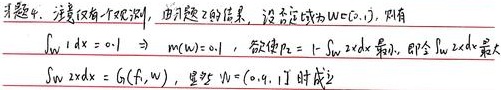
习题4. 注意仅有一个观测，由习题2的结果，设否定域为\(W=(c,1)\)，则有
\(\int_{W}1dx = 0.1\Rightarrow m(W)=0.1\)。
欲使\(p_1 = 1 - \int_{W}2xdx\)最小，即\(\int_{W}2xdx\)最大，\(\int_{W}2xdx = G(f,W)\)。显然\(W=(0.9,1]\)时成立。